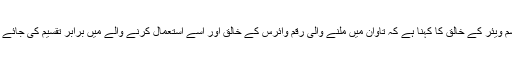
رینسم ویئر کے خالق کا کہنا ہے کہ تاوان میں ملنے والی رقم وائرس کے خالق اور اسے استعمال کرنے والے میں برابر تقسیم کی جائے گی۔